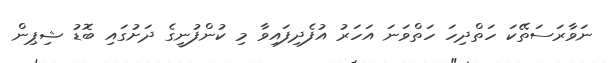
ނަވާރަސަތޭކަ ހަތްދިހަ ހަތްވަނަ އަހަރު އުފެދިފައިވާ މި ކުންފުނީގެ ދަށުގައި ބޮޑު ޝިޕިން